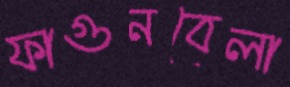
ফাগুনবেলা